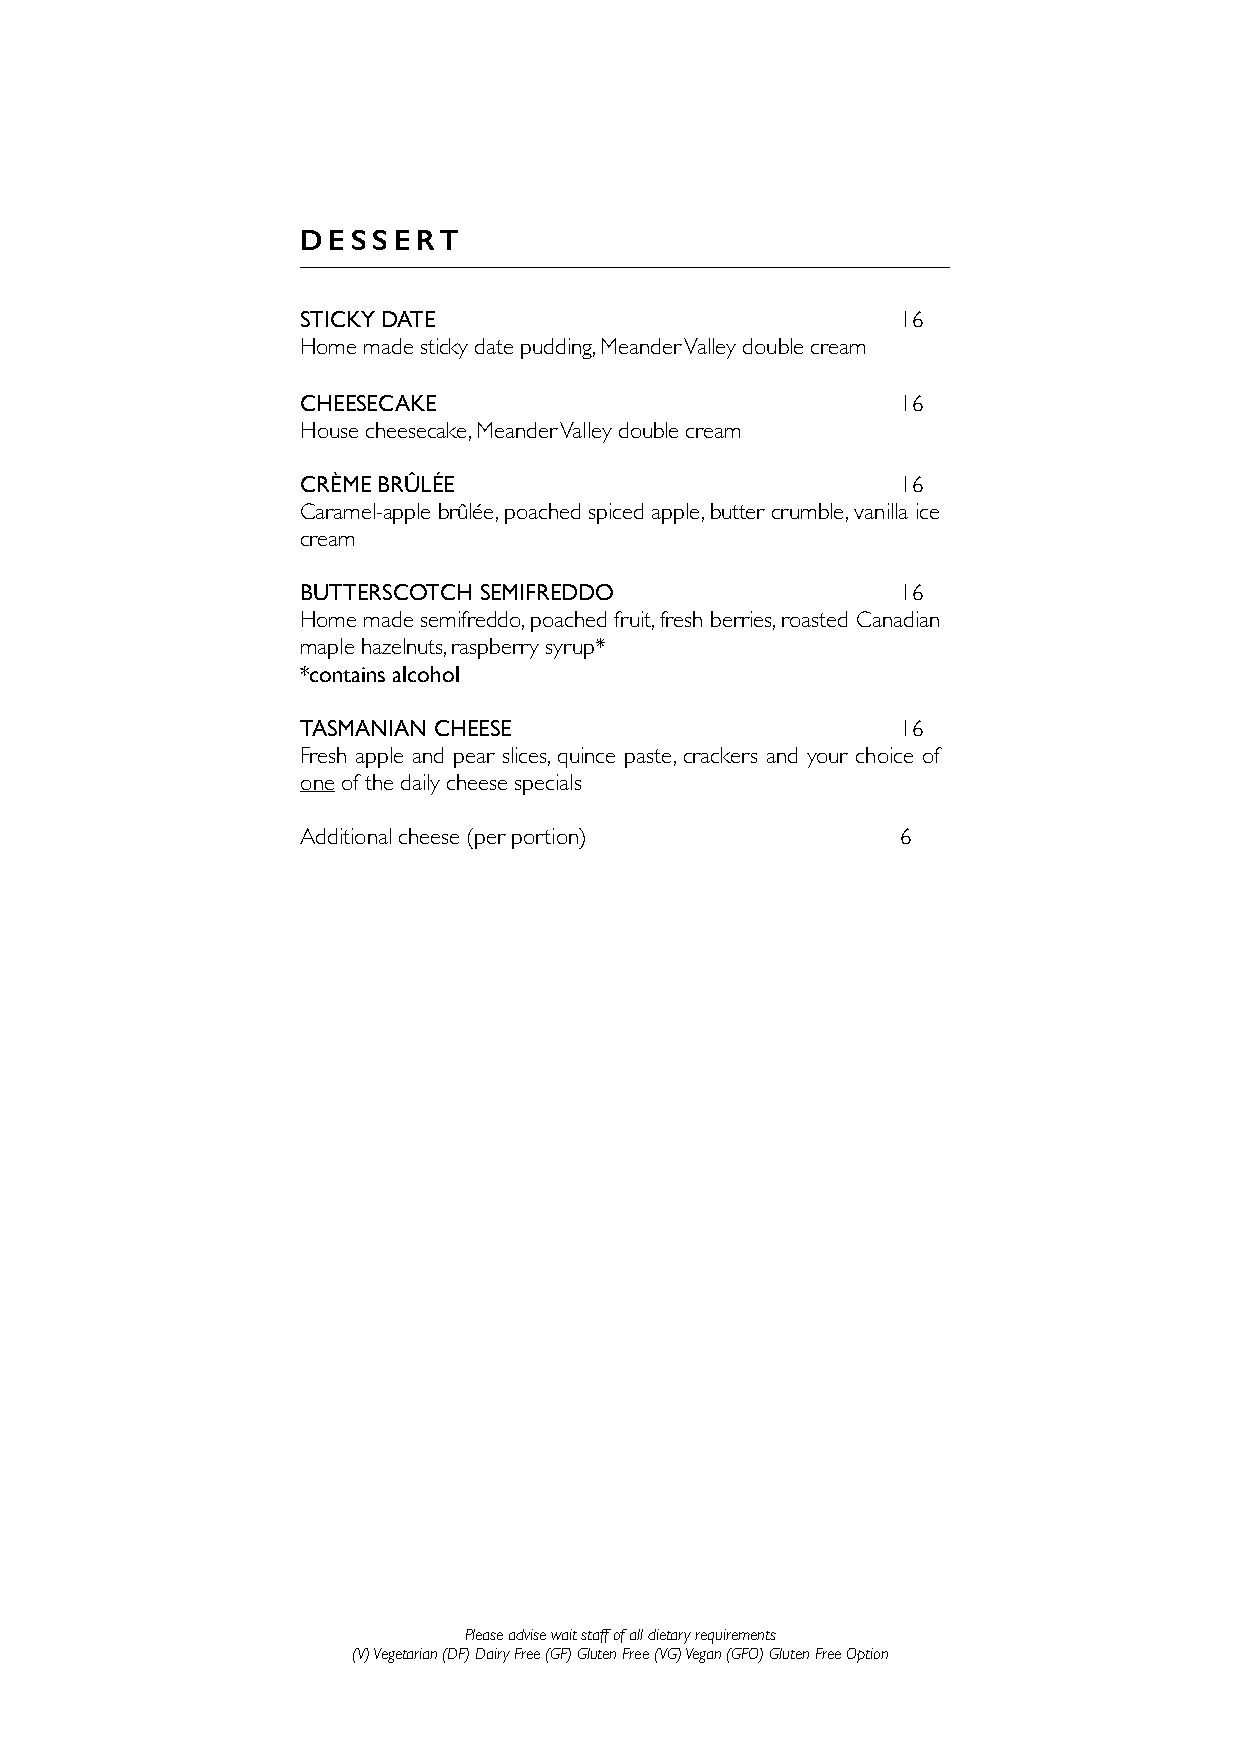
DESSERT
 STICKY DATE                             16
 Home made sticky date pudding, Meander Valley double cream
 CHEESECAKE                              16
 House cheesecake, Meander Valley double cream
 CRÈME BRÛLÉE                            16
 Caramel-apple brûlée, poached spiced apple, butter crumble, vanilla ice
 cream
 BUTTERSCOTCH SEMIFREDDO                 16
 Home made semifreddo, poached fruit, fresh berries, roasted Canadian
 maple hazelnuts, raspberry syrup*
 *contains alcohol
 TASMANIAN CHEESE                        16
 Fresh apple and pear slices, quince paste, crackers and your choice of
 one of the daily cheese specials
 Additional cheese (per portion)         6
 Please advise wait staff of all dietary requirements
 (V) Vegetarian (DF) Dairy Free (GF) Gluten Free (VG) Vegan (GFO) Gluten Free Option